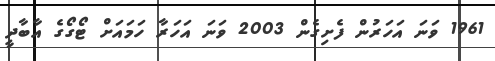
1961 ވަނަ އަހަރުން ފެށިގެން 2003 ވަނަ އަހަރާ ހަމައަށް ޓޯގޯގެ އާބާދީީ